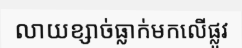
លាយខ្សាច់ធ្លាក់មកលើផ្លូវ